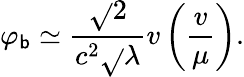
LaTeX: \varphi_{\mathsf{b}}\simeq\frac{{\sqrt{}{{2}}}}{{c^{2}\sqrt{}{{\lambda}}}}v\left(\frac{{v}}{{\mu}}\right).